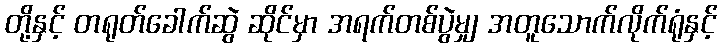
တို့နှင့် တရုတ်ခေါက်ဆွဲ ဆိုင်မှာ အရက်တစ်ပွဲမျှ အတူသောက်လိုက်ရုံနှင့်